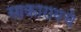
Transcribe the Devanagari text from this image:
साकारायचे